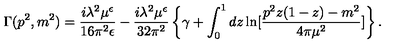
\Gamma ( p ^ { 2 } , m ^ { 2 } ) = \frac { i \lambda ^ { 2 } \mu ^ { \epsilon } } { 1 6 \pi ^ { 2 } \epsilon } - \frac { i \lambda ^ { 2 } \mu ^ { \epsilon } } { 3 2 \pi ^ { 2 } } \left\{ \gamma + \int _ { 0 } ^ { 1 } d z \ln [ \frac { p ^ { 2 } z ( 1 - z ) - m ^ { 2 } } { 4 \pi \mu ^ { 2 } } ] \right\} .